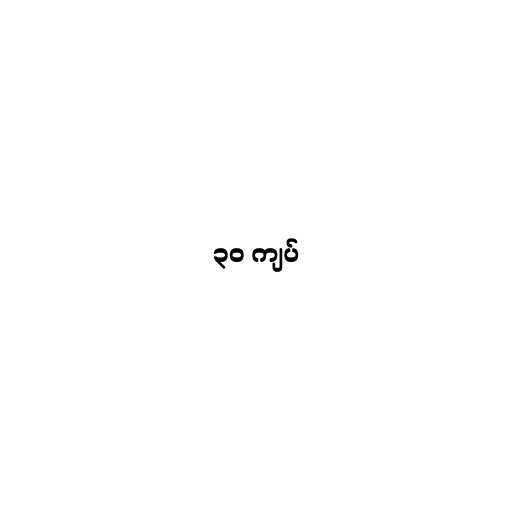
၃၀ ကျပ်